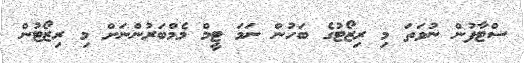
ސްޓާފުން ނުވަތަ މި ރިޒޯޓުގެ ބަހުން ނަމަ ޓީމް މެމްބަރުންނަށް މި ރިޒޯޓުން